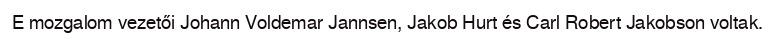
E mozgalom vezetői Johann Voldemar Jannsen, Jakob Hurt és Carl Robert Jakobson voltak.